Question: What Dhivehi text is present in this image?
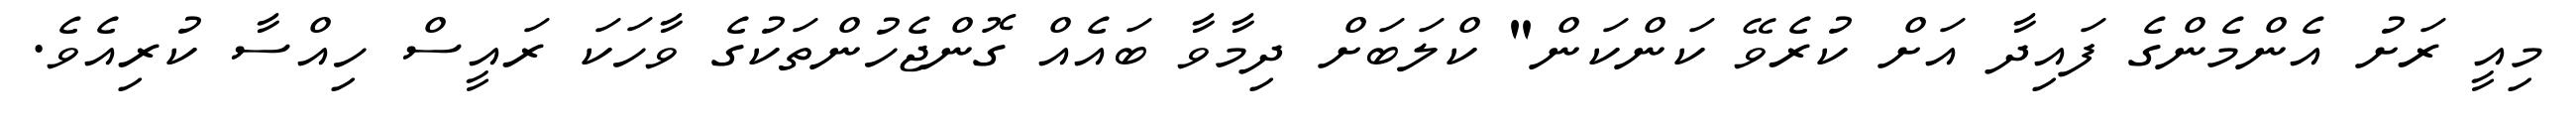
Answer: މިއީ ރަށު އެންމެންގެ ފައިދާ އަށް ކުރެވޭ ކަންކަން" ކްލަބަށް ދިމާވާ ބައެއް ގޮންޖެހުންތަކުގެ ވާހަކަ ރައީސް ހިއްސާ ކުރިއެވެ.